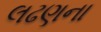
લઢણના